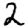
Digit: 2